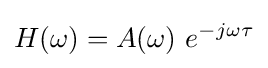
H(\omega )=A(\omega )\ e^{-j\omega \tau }